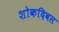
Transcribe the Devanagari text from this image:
शोकदिवस